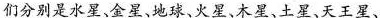
们分别是水星、金星、地球、火星、木星、土星、天王星、